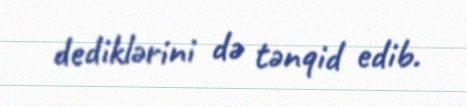
dediklərini də tənqid edib.